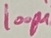
Text: 100µ